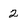
Character: 2